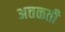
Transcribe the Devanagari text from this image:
अतळती